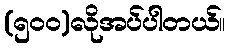
(၅၀၀)လိုအပ်ပါတယ်။